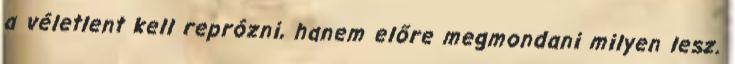
a véletlent kell reprózni, hanem előre megmondani milyen lesz.